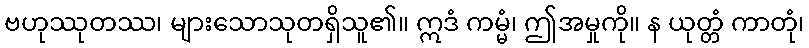
ဗဟုဿုတဿ၊ များသောသုတရှိသူ၏။ ဣဒံ ကမ္မံ၊ ဤအမှုကို။ န ယုတ္တံ ကာတုံ၊